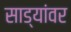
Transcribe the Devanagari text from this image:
साड्यांवर